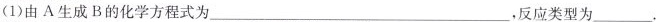
(1)由A生成B的化学方程式为___，反应类型为___。